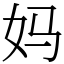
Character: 妈